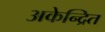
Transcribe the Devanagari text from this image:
अकेन्द्रित